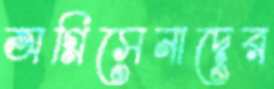
অগ্নিসেনাদের